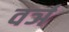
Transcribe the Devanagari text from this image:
वर्ञ